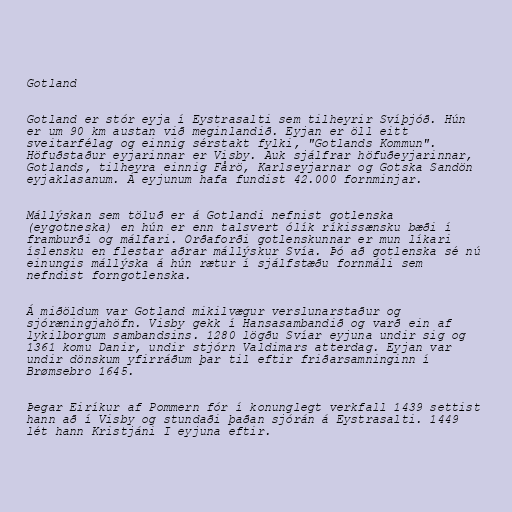
Gotland

Gotland er stór eyja í Eystrasalti sem tilheyrir Svíþjóð. Hún
er um 90 km austan við meginlandið. Eyjan er öll eitt
sveitarfélag og einnig sérstakt fylki, "Gotlands Kommun".
Höfuðstaður eyjarinnar er Visby. Auk sjálfrar höfuðeyjarinnar,
Gotlands, tilheyra einnig Fårö, Karlseyjarnar og Gotska Sandön
eyjaklasanum. Á eyjunum hafa fundist 42.000 fornminjar.

Mállýskan sem töluð er á Gotlandi nefnist gotlenska
(eygotneska) en hún er enn talsvert ólík ríkissænsku bæði í
framburði og málfari. Orðaforði gotlenskunnar er mun líkari
íslensku en flestar aðrar mállýskur Svía. Þó að gotlenska sé nú
einungis mállýska á hún rætur í sjálfstæðu fornmáli sem
nefndist forngotlenska.

Á miðöldum var Gotland mikilvægur verslunarstaður og
sjóræningjahöfn. Visby gekk í Hansasambandið og varð ein af
lykilborgum sambandsins. 1280 lögðu Svíar eyjuna undir sig og
1361 komu Danir, undir stjórn Valdimars atterdag. Eyjan var
undir dönskum yfirráðum þar til eftir friðarsamninginn í
Brømsebro 1645.

Þegar Eiríkur af Pommern fór í konunglegt verkfall 1439 settist
hann að í Visby og stundaði þaðan sjórán á Eystrasalti. 1449
lét hann Kristjáni I eyjuna eftir.